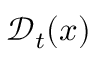
\mathcal { D } _ { t } ( x )